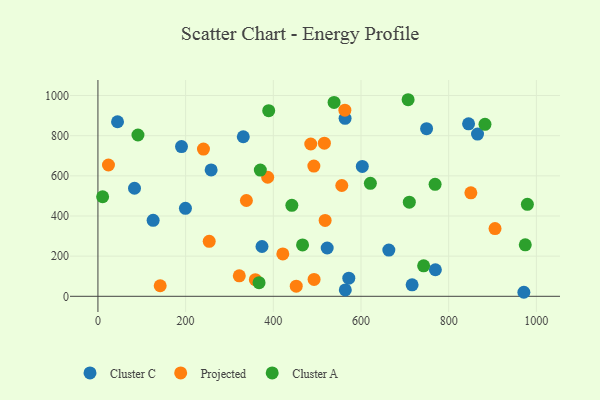
{"axis": {"x": "Experience", "y": "Demand"}, "legend": ["Cluster A", "Cluster C", "Projected"], "data": [{"x": "572.2", "y": 90.1, "type": "Cluster C"}, {"x": "331.5", "y": 794.7, "type": "Cluster C"}, {"x": "865.8", "y": 808.0, "type": "Cluster C"}, {"x": "199.6", "y": 438.3, "type": "Cluster C"}, {"x": "44.7", "y": 869.3, "type": "Cluster C"}, {"x": "564.2", "y": 31.8, "type": "Cluster C"}, {"x": "716.6", "y": 57.4, "type": "Cluster C"}, {"x": "603.0", "y": 646.7, "type": "Cluster C"}, {"x": "522.9", "y": 240.7, "type": "Cluster C"}, {"x": "258.2", "y": 629.5, "type": "Cluster C"}, {"x": "190.6", "y": 745.6, "type": "Cluster C"}, {"x": "845.4", "y": 859.2, "type": "Cluster C"}, {"x": "769.7", "y": 132.3, "type": "Cluster C"}, {"x": "663.5", "y": 230.4, "type": "Cluster C"}, {"x": "749.6", "y": 834.7, "type": "Cluster C"}, {"x": "125.9", "y": 378.6, "type": "Cluster C"}, {"x": "374.2", "y": 248.0, "type": "Cluster C"}, {"x": "83.4", "y": 538.2, "type": "Cluster C"}, {"x": "563.7", "y": 886.3, "type": "Cluster C"}, {"x": "971.5", "y": 20.1, "type": "Cluster C"}, {"x": "518.2", "y": 378.1, "type": "Projected"}, {"x": "24.0", "y": 654.0, "type": "Projected"}, {"x": "850.6", "y": 515.5, "type": "Projected"}, {"x": "516.5", "y": 762.7, "type": "Projected"}, {"x": "556.2", "y": 551.8, "type": "Projected"}, {"x": "359.0", "y": 82.9, "type": "Projected"}, {"x": "142.0", "y": 52.6, "type": "Projected"}, {"x": "452.3", "y": 50.5, "type": "Projected"}, {"x": "387.2", "y": 592.9, "type": "Projected"}, {"x": "493.0", "y": 84.0, "type": "Projected"}, {"x": "421.7", "y": 211.1, "type": "Projected"}, {"x": "240.7", "y": 733.4, "type": "Projected"}, {"x": "322.4", "y": 102.0, "type": "Projected"}, {"x": "338.6", "y": 477.2, "type": "Projected"}, {"x": "905.7", "y": 337.2, "type": "Projected"}, {"x": "492.5", "y": 648.4, "type": "Projected"}, {"x": "253.8", "y": 274.0, "type": "Projected"}, {"x": "563.2", "y": 927.2, "type": "Projected"}, {"x": "485.4", "y": 758.7, "type": "Projected"}, {"x": "882.8", "y": 856.7, "type": "Cluster A"}, {"x": "707.5", "y": 979.1, "type": "Cluster A"}, {"x": "370.4", "y": 628.9, "type": "Cluster A"}, {"x": "91.3", "y": 803.4, "type": "Cluster A"}, {"x": "742.9", "y": 151.6, "type": "Cluster A"}, {"x": "367.5", "y": 67.9, "type": "Cluster A"}, {"x": "466.7", "y": 256.0, "type": "Cluster A"}, {"x": "769.0", "y": 557.8, "type": "Cluster A"}, {"x": "710.2", "y": 468.9, "type": "Cluster A"}, {"x": "442.3", "y": 453.1, "type": "Cluster A"}, {"x": "538.6", "y": 965.5, "type": "Cluster A"}, {"x": "621.4", "y": 562.7, "type": "Cluster A"}, {"x": "10.7", "y": 495.9, "type": "Cluster A"}, {"x": "389.5", "y": 924.5, "type": "Cluster A"}, {"x": "979.5", "y": 458.1, "type": "Cluster A"}, {"x": "974.7", "y": 256.5, "type": "Cluster A"}]}